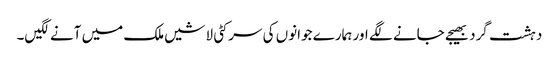
دہشت گرد بھیجے جانے لگے اور ہمارے جوانوں کی سر کٹی لاشیں ملک میں آنے لگیں۔